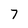
Character: 7